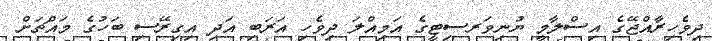
ދިވެހިރާއްޖޭގެ އިސްލާމީ ޔުނިވަރސިޓީގެ އަމިއްލަ ދިވެހި އަރަބި އަދި އިގިރޭސި ބަހުގެ މައްޗަށް